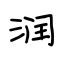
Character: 润